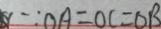
\because O A = O C = O B